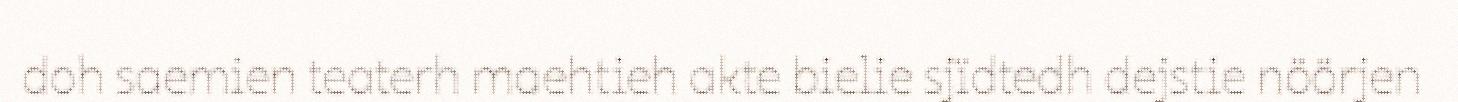
doh saemien teaterh maehtieh akte bielie sjïdtedh dejstie nöörjen